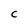
Character: c